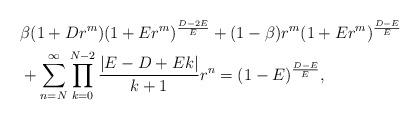
LaTeX: \begin{align*}&\beta(1+Dr^m)(1+Er^m)^{\frac{D-2E}{E}} +(1-\beta)r^m(1+Er^m)^{\frac{D-E}{E}}\\&+\sum_{n=N}^{\infty} \prod_{k=0}^{N-2}\frac{|E-D+Ek|}{k+1} r^n =(1-E)^{\frac{D-E}{E}},\end{align*}